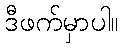
ဒီဖက်မှာပါ။